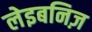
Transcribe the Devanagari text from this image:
लेइबनिज़